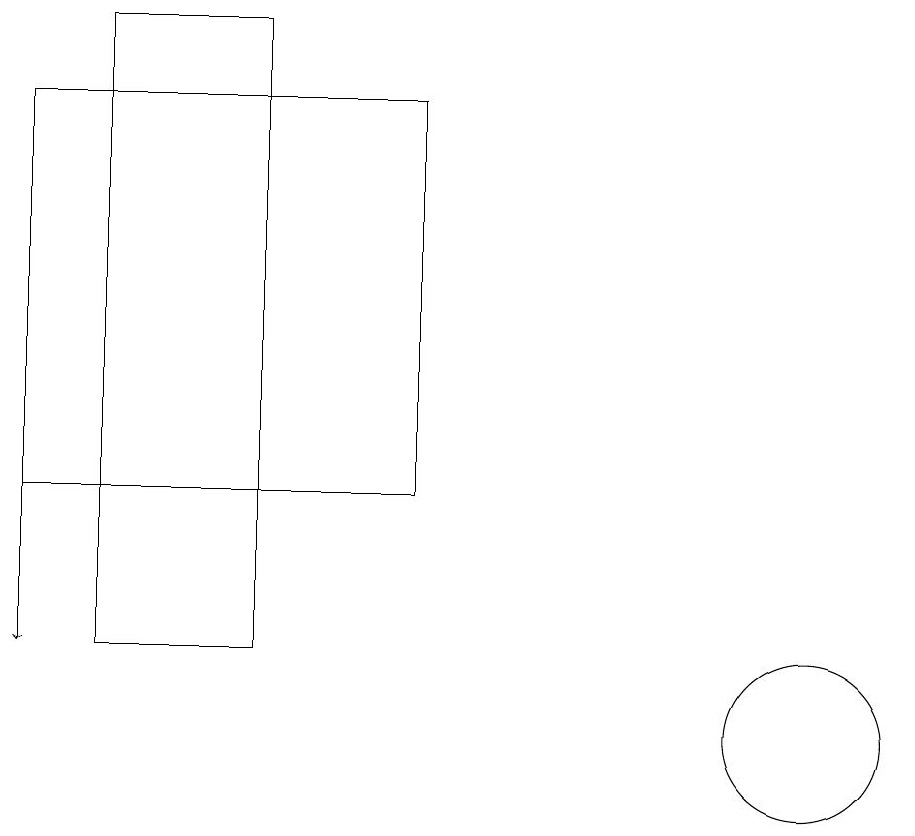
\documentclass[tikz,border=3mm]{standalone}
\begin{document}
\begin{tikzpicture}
\draw (3,11) rectangle (5,19);
\draw (12,10) circle (1);
\draw[->] (2,17) -- (2,11);
\draw (2,18) rectangle (7,13);
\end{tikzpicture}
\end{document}